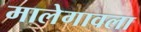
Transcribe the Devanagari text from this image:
मालेगावला